Report on horse surra - Volume I
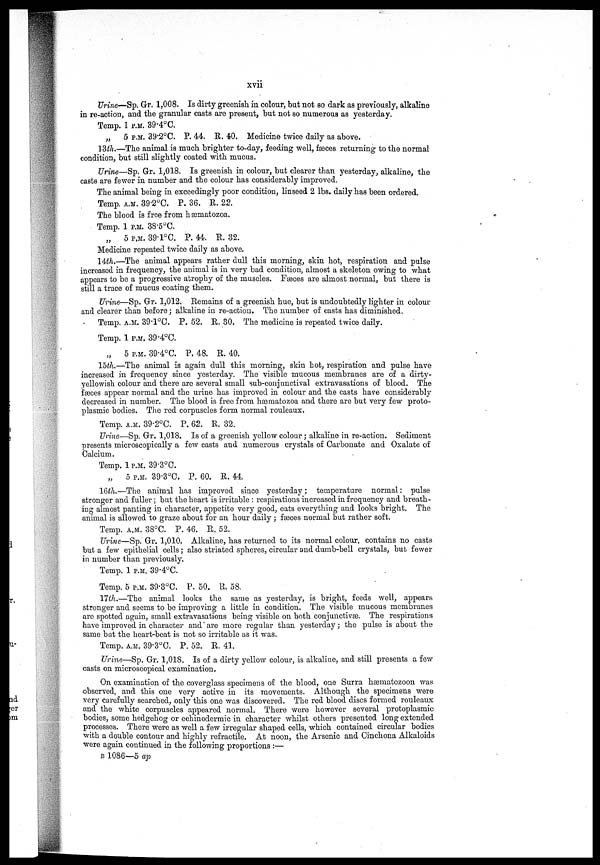
xvii
Urine—Sp. Gr. 1,008. Is dirty greenish in colour, but not so dark as previously, alkaline
in re-action, and the granular casts are present, but not so numerous as yesterday.
Temp. 1P.M. 39.4°C.
„
5 P.M. 39.2°C. P. 44. R. 40. Medicine twice daily as above.
13th.—The animal is much brighter to-day, feeding well, feces returning to the normal
condition, but still slightly coated with mucus.
Urine—Sp. Gr. 1,018. Is greenish in colour, but clearer than yesterday, alkaline, the
casts are fewer in number and the colour has considerably improved.
The animal being in exceedingly poor condition, linseed 2 lbs. daily has been ordered.
Temp. A.M. 39.2°C. P. 36. R. 22.
The blood is free from hæmatozoa.
Temp. 1 P.M. 38.5°C.
„
5 P.M. 39.1°C. P. 44. R. 32.
Medicine repeated twice daily as above.
14th.—The animal appears rather dull this morning, skin hot, respiration and pulse
increased in frequency, the animal is in very bad condition, almost a skeleton owing to what
appears to be a progressive atrophy of the muscles. Fæces are almost normal, but there is
still a trace of mucus coating them.
Urine—Sp. Gr. 1,012. Remains of a greenish hue, but is undoubtedly lighter in colour
and clearer than before; alkaline in re-action. The number of casts has diminished.
Temp. A.M. 39.l°C. P. 52. R. 30. The medicine is repeated twice daily.
Temp. 1 P.M. 39.4°C.
„
5 P.M. 39.4°C. P. 48. R. 40.
15th.—The animal is again dull this morning, skin hot, respiration and pulse have
increased in frequency since yesterday. The visible mucous membranes are of a dirty-
yellowish colour and there are several small sub-conjunctival extravasations of blood. The
fæces appear normal and the urine has improved in colour and the casts have considerably
decreased in number. The blood is free from hæmatozoa and there are but very few proto-
plasmic bodies. The red corpuscles form normal rouleaux.
Temp. A.M. 39.2°C. P. 62. R. 32.
Urine—Sp. Gr. 1,018. Is of a greenish yellow colour ; alkaline in re-action. Sediment
presents microscopically a few casts and numerous crystals of Carbonate and Oxalate of
Calcium.
Temp. 1 P.M. 39.3°C.
„
5 P.M. 39.3°C. P. 60. R. 44.
16th.—The animal has improved since yesterday ; temperature normal : pulse
stronger and fuller ; but the heart is irritable : respirations increased in frequency and breath-
ing almost panting in character, appetite very good, eats everything and looks bright. The
animal is allowed to graze about for an hour daily ; fæces normal but rather soft.
Temp. A.M. 38°C. P. 46. R. 52.
Urine—Sp. Gr. 1,010. Alkaline, has returned to its normal colour, contains no casts
but a few epithelial cells ; also striated spheres, circular and dumb-bell crystals, but fewer
in number than previously.
Temp. 1 P.M. 39.4°C.
Temp. 5 P.M. 39.3°C. P. 50. R. 58.
17th.—The animal looks the same as yesterday, is bright, feeds well, appears
stronger and seems to be improving a little in condition. The visible mucous membranes
are spotted again, small extravasations being visible on both conjunctivæ. The respirations
have improved in character and are more regular than yesterday ; the pulse is about the
same bat the heart-beat is not so irritable as it was.
Temp. A.M. 39.3°C. P. 52. R. 41.
Urine—Sp. Gr. 1,018. Is of a dirty yellow colour, is alkaline, and still presents a few
casts on microscopical examination.
On examination of the coverglass specimens of the blood, one Surra hæmatozoon was
observed, and this one very active in its movements. Although the specimens were
very carefully searched, only this one was discovered. The red blood discs formed rouleaux
and the white corpuscles appeared normal. There were however several protoplasmic
bodies, some hedgehog or echinodermic in character whilst others presented long extended
processes. There were as well a few irregular shaped cells, which contained circular bodies
with a double contour and highly refractile. At noon, the Arsenic and Cinchona Alkaloids
were again continued in the following proportions :—
B 1086—5 ap